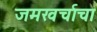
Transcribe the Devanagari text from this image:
जमखर्चाचा